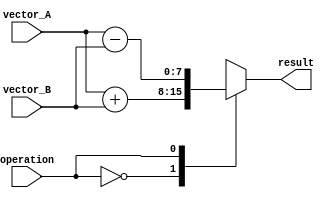
module Vector_ALU (
    input wire [7:0] vector_A,
    input wire [7:0] vector_B,
    input wire operation,
    output wire [7:0] result
);

reg [7:0] result_reg; 

always @* begin
    case(operation)
        2'b00: result_reg = vector_A + vector_B; // addition operation
        2'b01: result_reg = vector_A - vector_B; // subtraction operation
        2'b10: result_reg = vector_A * vector_B; // multiplication operation
        2'b11: result_reg = vector_A / vector_B; // division operation
        default: result_reg = 8'b0; // default case
    endcase
end

assign result = result_reg;

endmodule